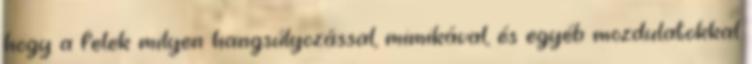
hogy a felek milyen hangsúlyozással, mimikával, és egyéb mozdulatokkal